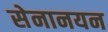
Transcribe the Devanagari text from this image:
सेनानयन